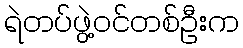
ရဲတပ်ဖွဲ့ဝင်တစ်ဦးက